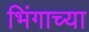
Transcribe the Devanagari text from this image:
भिंगाच्या